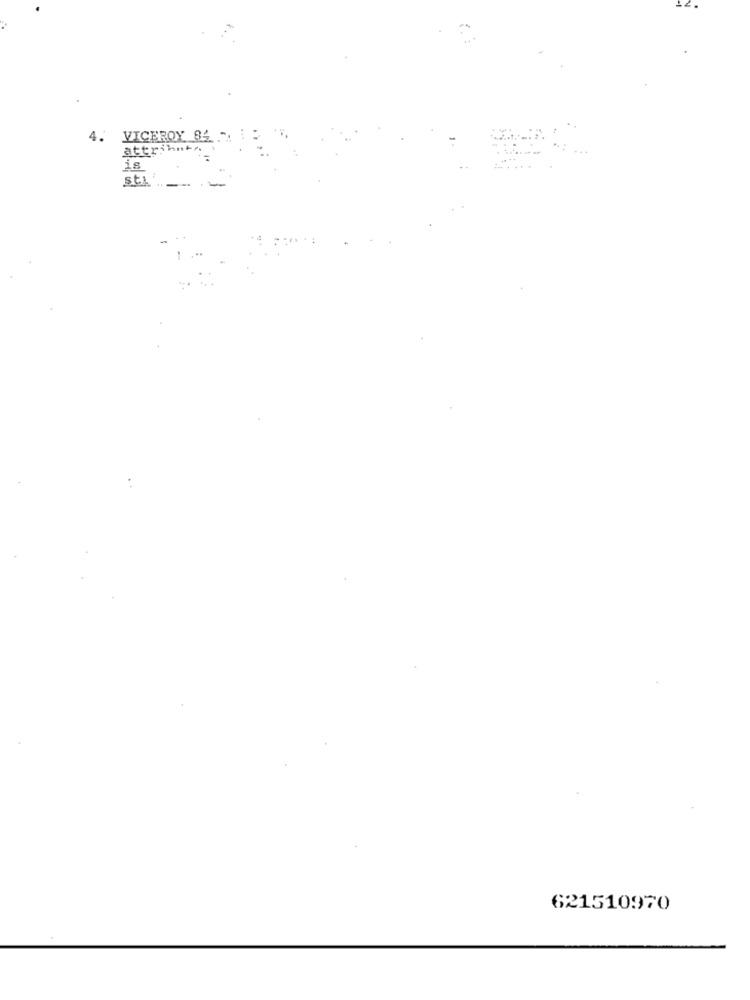
VICEROY 84 -
attrihnt
is
st
621510970